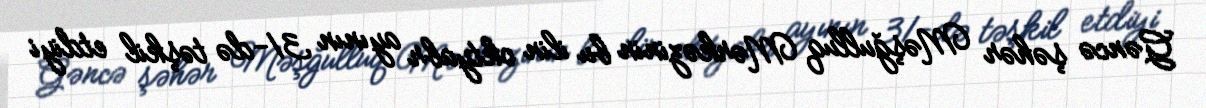
Gəncə şəhər Məşğulluq Mərkəzinin bu ilin oktyabr ayının 31-də təşkil etdiyi